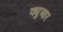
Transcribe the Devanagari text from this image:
क्युआर